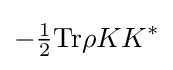
-{\tfrac {1}{2}}{\rm {Tr}}\rho KK^{*}